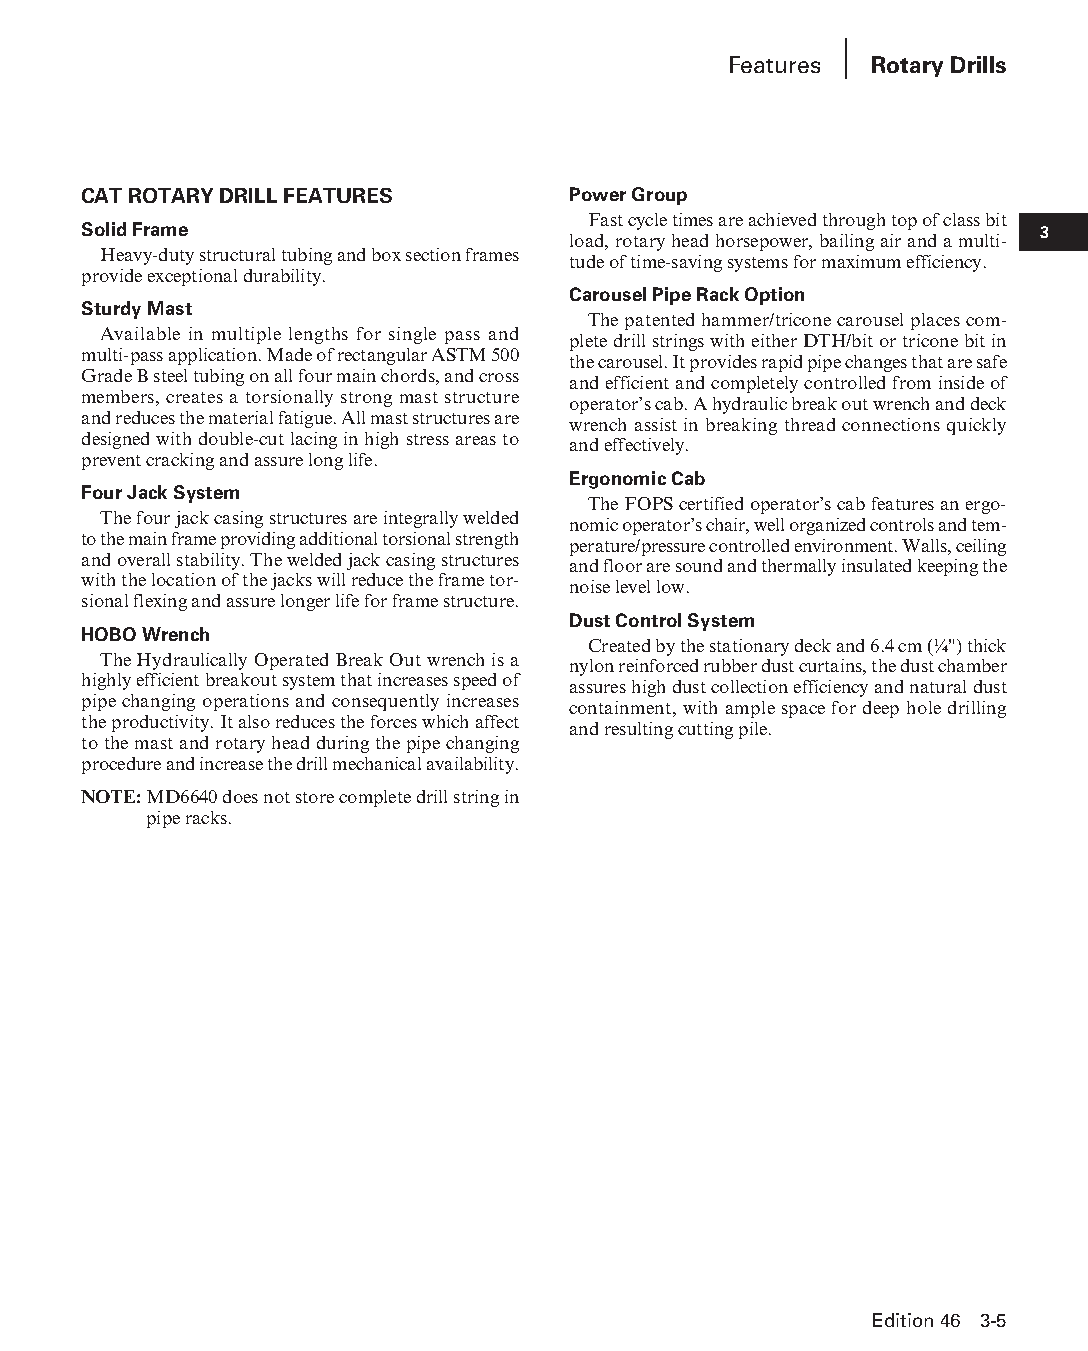
Features Rotary Drills
 CAT ROTARY DRILL FEATURES       Power Group
 Fast cycle times are achieved through top of class bit
 Solid Frame                                                    3
 load, rotary head horsepower, bailing air and a multi-
 Heavy-duty structural tubing and box section frames
 tude of time-saving systems for maximum efficiency.
 provide exceptional durability.
 Carousel Pipe Rack Option
 Sturdy Mast
 The patented hammer/tricone carousel places com-
 Available in multiple lengths for single pass and
 plete drill strings with either DTH/bit or tricone bit in
 multi-pass application. Made of rectangular ASTM 500
 the carousel. It provides rapid pipe changes that are safe
 Grade B steel tubing on all four main chords, and cross
 and efficient and completely controlled from inside of
 members, creates a torsionally strong mast structure
 operator’s cab. A hydraulic break out wrench and deck
 and reduces the material fatigue. All mast structures are
 wrench assist in breaking thread connections quickly
 designed with double-cut lacing in high stress areas to
 and effectively.
 prevent cracking and assure long life.
 Ergonomic Cab
 Four Jack System
 The FOPS certified operator’s cab features an ergo-
 The four jack casing structures are integrally welded
 nomic operator’s chair, well organized controls and tem-
 to the main frame providing additional torsional strength
 perature/pressure controlled environment. Walls, ceiling
 and overall stability. The welded jack casing structures
 and floor are sound and thermally insulated keeping the
 with the location of the jacks will reduce the frame tor-
 noise level low.
 sional flexing and assure longer life for frame structure.
 Dust Control System
 HOBO Wrench
 Created by the stationary deck and 6.4 cm (¼") thick
 The Hydraulically Operated Break Out wrench is a
 nylon reinforced rubber dust curtains, the dust chamber
 highly efficient breakout system that increases speed of
 assures high dust collection efficiency and natural dust
 pipe changing operations and consequently increases
 containment, with ample space for deep hole drilling
 the productivity. It also reduces the forces which affect
 and resulting cutting pile.
 to the mast and rotary head during the pipe changing
 procedure and increase the drill mechanical availability.
 NOTE: MD6640 does not store complete drill string in
 pipe racks.
 Edition 46 3-5
 PPHHBB--SSeecc0033--1166..iinndddd 55                          1122//44//1155 1100::2277 AAMM